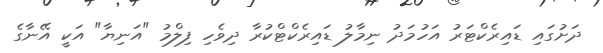
ދަށުގައި ޑައިރެކްޓަރު އަހުމަދު ނިމާލު ޑައިރެކްޓްކުރާ ދިވެހި ފިލްމު "އަނިޔާ" އަކީ އޭނާގެ